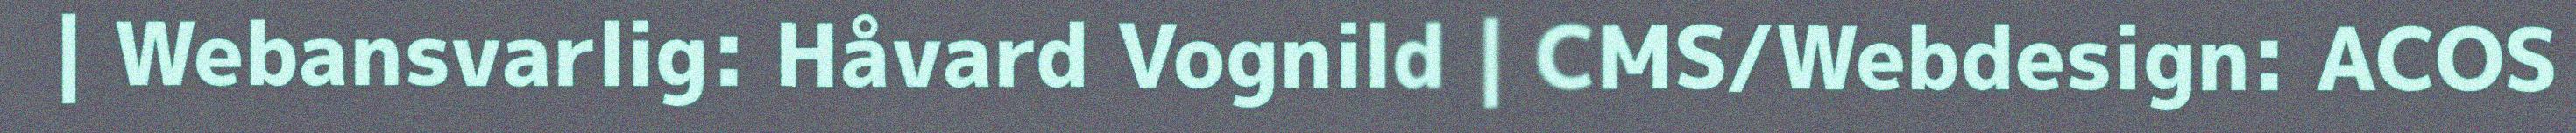
| Webansvarlig: Håvard Vognild | CMS/Webdesign: ACOS